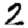
Digit: 2